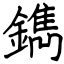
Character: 鐫